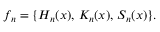
f _ { n } = \{ H _ { n } ( x ) , \, K _ { n } ( x ) , \, S _ { n } ( x ) \} .